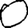
Digit: 0